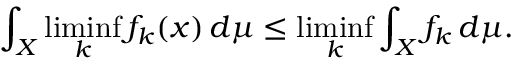
\int _ { X } \operatorname* { l i m i n f } _ { k } f _ { k } ( x ) \, d \mu \leq \operatorname* { l i m i n f } _ { k } \int _ { X } f _ { k } \, d \mu .